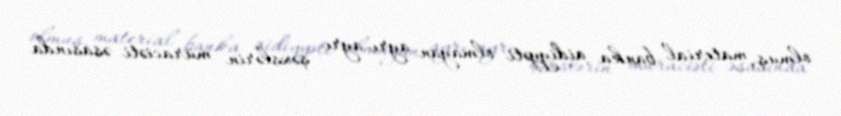
olmuş, material banka aidiyyəti olmayan ayrı-ayrı şəxslərin müraciəti əsasında